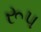
રૂપ